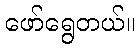
ဖော်ရွေတယ်။